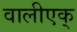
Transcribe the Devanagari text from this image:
वालीएक्